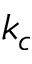
k _ { c }